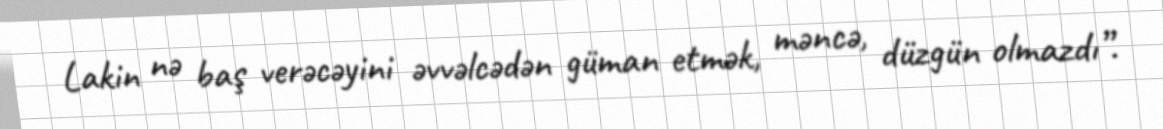
Lakin nə baş verəcəyini əvvəlcədən güman etmək, məncə, düzgün olmazdı”.